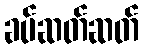
ခပ်ဆတ်ဆတ်